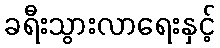
ခရီးသွားလာရေးနှင့်